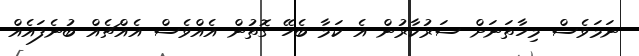
ނަމަވެސް މިހާތަނަށް ސަރުކާރުން އެ ކަމާ ބެހޭ ގޮތުން އެއްވެސް އެއްޗެއް ބުނެފައެއް